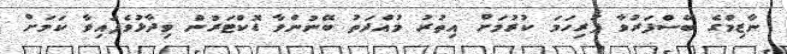
ނާޒިމްގެ ބޭސްފަރުވާ ފުރިހަމަ ކުރުމަށް އިތުރު މުއްދަތު ބޭނުންވާ ޑޮކްޓަރުން ވިދާޅުވެފައިވާ ކަމަށް